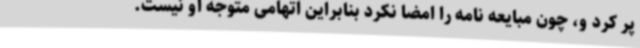
پر کرد و، چون مبایعه نامه را امضا نکرد بنابراین اتهامی متوجه او نیست.